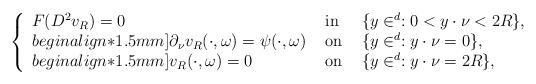
LaTeX: \begin{align*}\left\{\begin{array}{lll}F(D^2 v_R) = 0 &\hbox{ in } &\{ y \in \real^d: 0<y\cdot\nu <2R\},\\begin{align*}1.5mm]\partial_{\nu}v_R(\cdot,\omega) = \psi(\cdot,\omega) &\hbox{ on } & \{y \in \real^d: y\cdot\nu = 0\},\\begin{align*}1.5mm]v_R(\cdot,\omega) = 0&\hbox{ on } &\{y \in \real^d: y\cdot\nu = 2R\},\end{array}\right. \end{align*}